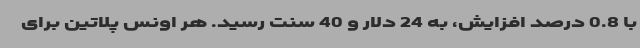
با 0.8 درصد افزایش، به 24 دلار و 40 سنت رسید. هر اونس پلاتین برای